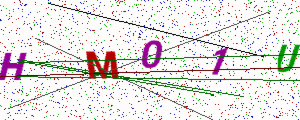
Text: HM01U